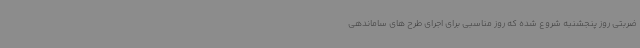
ضربتی روز پنجشنبه شروع شده که روز مناسبی برای اجرای طرح های ساماندهی